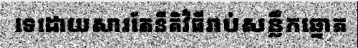
ទេដោយសារតែនីតិវិធីរាប់សន្លឹកឆ្នោត